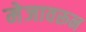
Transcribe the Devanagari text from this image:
मेजावरून